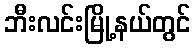
ဘီးလင်းမြို့နယ်တွင်